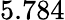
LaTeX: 5.784